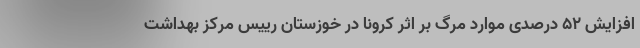
افزایش ۵۲ درصدی موارد مرگ بر اثر کرونا در خوزستان رییس مرکز بهداشت